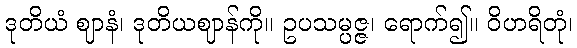
ဒုတိယံ ဈာနံ၊ ဒုတိယဈာန်ကို။ ဥပသမ္ပဇ္ဇ၊ ရောက်၍။ ဝိဟရိတုံ၊